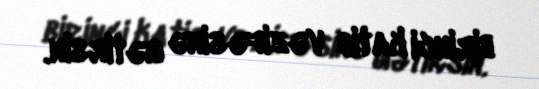
birinci katib vəzifəsinə gətirsin.